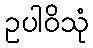
ဥပါဝိသုံ